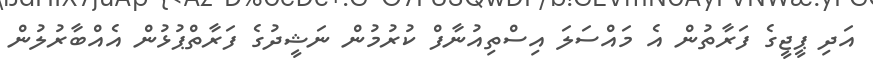
އަދި ޕީޖީގެ ފަރާތުން އެ މައްސަލަ އިސްތިއުނާފް ކުރުމުން ނަޝީދުގެ ފަރާތްޕުޅުން އެއްބާރުލުން